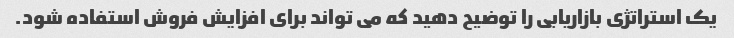
یک استراتژی بازاریابی را توضیح دهید که می تواند برای افزایش فروش استفاده شود.